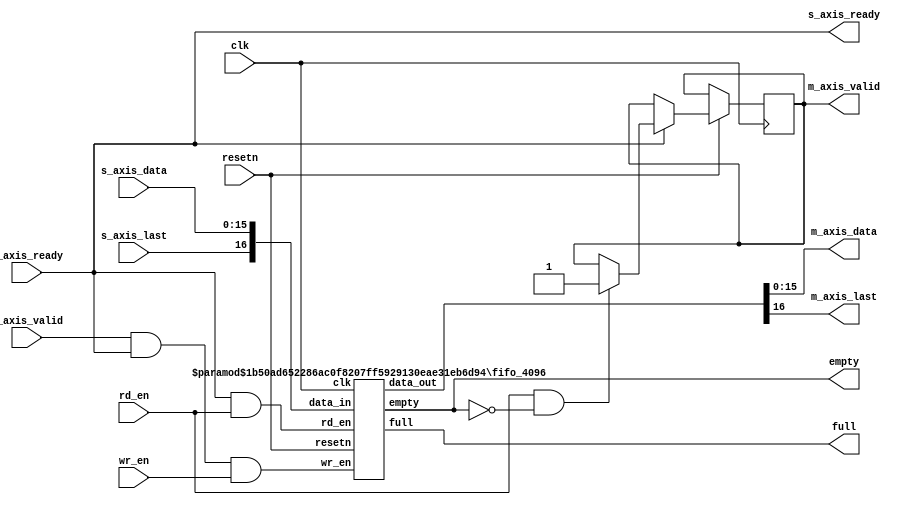
module fifo_4096_axis#(parameter DATA_WIDTH=16,DEPTH_FIFO=4096
                       ,DEPTH_RAM=2048,PTR_SIZE=$clog2(DEPTH_FIFO))(
  input clk,
  input resetn,
  input wr_en,
  input rd_en,
  input [DATA_WIDTH-1:0] s_axis_data,
  input s_axis_valid,
  input s_axis_last,
  input m_axis_ready,
  
  output [DATA_WIDTH-1:0] m_axis_data,
  output m_axis_valid,
  output m_axis_last,
  output s_axis_ready,
  
  output full,
  output empty

);
 reg m_axis_valid_reg;
  always@(posedge clk)
    begin
      if(resetn)
        begin
          if(m_axis_ready)
            begin
              if(rd_en&&!empty)
                begin
                  m_axis_valid_reg<=1'b1;
                end
            end
        end
    end
  
    
  wire fifo_wr_en;
  wire fifo_rd_en;
  wire [DATA_WIDTH:0] m_axis_data1;
  
  assign fifo_wr_en=s_axis_valid && s_axis_ready && wr_en;
  assign fifo_rd_en= m_axis_ready && rd_en;
  
  
  
  fifo_4096#(DATA_WIDTH,DEPTH_FIFO,DEPTH_RAM,PTR_SIZE)
  dut(clk,resetn,fifo_wr_en,fifo_rd_en,{s_axis_last,s_axis_data},m_axis_data1,
      full,empty);
  
  assign m_axis_last=m_axis_data1[DATA_WIDTH];
  assign m_axis_valid=m_axis_valid_reg;
      //m_axis_ready && rd_en&&resetn&&!empty;
  assign s_axis_ready=m_axis_ready;
  assign m_axis_data=m_axis_data1[DATA_WIDTH-1:0];
endmodule
    
module ram #(parameter DATA_WIDTH=16,DEPTH=2048,ADDR_SIZE=$clog2(DEPTH))
  (
    input clk,
    input en,
    input wr_en,
    input rd_en,
    input [ADDR_SIZE-1:0] wr_addr,
    input [ADDR_SIZE-1:0] rd_addr,
    input [DATA_WIDTH:0] data_in,
    output reg [DATA_WIDTH:0] data_out
    
  );
  
  reg [DATA_WIDTH:0] mem[0:DEPTH-1];
  
  always@(posedge clk)
    begin
      if(en)
        begin
          if(wr_en)
            begin
              mem[wr_addr]<=data_in;
            end
          
        end
    end
  always@(posedge clk)
    begin
      if(en)
        begin
          if(rd_en)
            begin
              data_out<=mem[rd_addr];
            end
          else
            begin
              data_out<=0;
            end
        end
      else
        data_out<=0;
      
        
    end
endmodule

module ram_4096 #(parameter DATA_WIDTH=16,DEPTH=2048,ADDR_SIZE=$clog2(DEPTH))
  (
    input clk,
    input en,
    input wr_en,
    input rd_en,
    input [ADDR_SIZE:0] wr_addr,
    input [ADDR_SIZE:0] rd_addr,
    
    input [DATA_WIDTH:0] data_in,
    output [DATA_WIDTH:0] data_out
    
  
  );
  
  wire en1,en2;
  wire en1_read;
  wire en2_read;
  reg en1_delay ;
  reg en2_delay;
  
  wire [DATA_WIDTH:0] data_out1;
  wire [DATA_WIDTH:0] data_out2;
  
  assign en1=(wr_en && ~wr_addr[11]) | (rd_en && ~rd_addr[11]);
  
  assign en2=(wr_en && wr_addr[11]) | (rd_en && rd_addr[11]);
  
  always@(posedge clk)
    begin
      en1_delay<=en1;
      en2_delay<=en2;
    end
  assign en1_read=en1||en1_delay;
  assign en2_read=en2||en2_delay;
  
  assign data_out=en1_read?data_out1:en2_read?data_out2:0;
  
  ram#(DATA_WIDTH,DEPTH,ADDR_SIZE) uut1(clk,en1,wr_en,rd_en,
                                         wr_addr[ADDR_SIZE-1:0],
                                         rd_addr[ADDR_SIZE-1:0],
                                         data_in,data_out1);
  ram#(DATA_WIDTH,DEPTH,ADDR_SIZE) uut2(clk,en2,wr_en,rd_en,
                                         wr_addr[ADDR_SIZE-1:0],
                                         rd_addr[ADDR_SIZE-1:0],
                                         data_in,data_out2);
  
endmodule

module fifo_4096#(parameter DATA_WIDTH=16,DEPTH_FIFO=4096,
                  DEPTH_RAM=2048,PTR_SIZE=$clog2(DEPTH_FIFO))
  (
    input clk,
    input resetn,
    input wr_en,
    input rd_en,
    
    input [DATA_WIDTH:0] data_in,
    output [DATA_WIDTH:0] data_out,
    
    output full,
    output empty
  );
  
  reg [PTR_SIZE:0] wr_ptr;
  reg [PTR_SIZE:0] rd_ptr;
  
  wire write_en_ram;
  wire read_en_ram;
  
  assign write_en_ram=wr_en && ~full;
  assign read_en_ram=rd_en && ~empty;
  
  always@(posedge clk)
    begin
      if(~resetn)
        begin
          wr_ptr<=0;
          rd_ptr<=0;
        end
      else if(( wr_en && ~full) && (rd_en && ~empty))
        begin
          wr_ptr<=wr_ptr+1;
          rd_ptr<=rd_ptr+1;
        end
      else if(wr_en && ~full)
        begin
          wr_ptr<=wr_ptr+1;
          rd_ptr<=rd_ptr;
        end
      else if(rd_en && ~empty)
        begin
          rd_ptr<=rd_ptr+1;
          wr_ptr<=wr_ptr;
        end
      else 
        begin
          wr_ptr<=wr_ptr;
          rd_ptr<=rd_ptr;
        end
    end
  
  ram_4096#(DATA_WIDTH,DEPTH_RAM,PTR_SIZE-1) uuttt(clk,resetn,wr_en,
                                                     rd_en,wr_ptr[11:0],
                                                     rd_ptr[11:0],
                                                     data_in,data_out);
  assign full=(rd_ptr == {~wr_ptr[12],wr_ptr[11:0]});
  assign empty= wr_ptr==rd_ptr;
  
endmodule